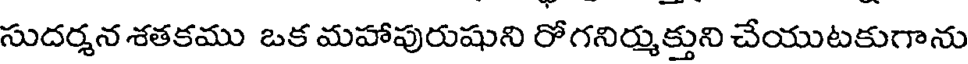
సుదర్శన శతకము ఒక మహాపురుషుని రోగనిర్ముక్తుని చేయుటకుగాను